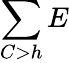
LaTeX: \sum\limits_{C>h}E